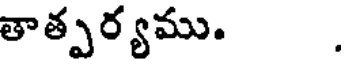
తాత్పర్యము. .